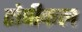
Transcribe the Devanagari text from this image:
टोपीकल